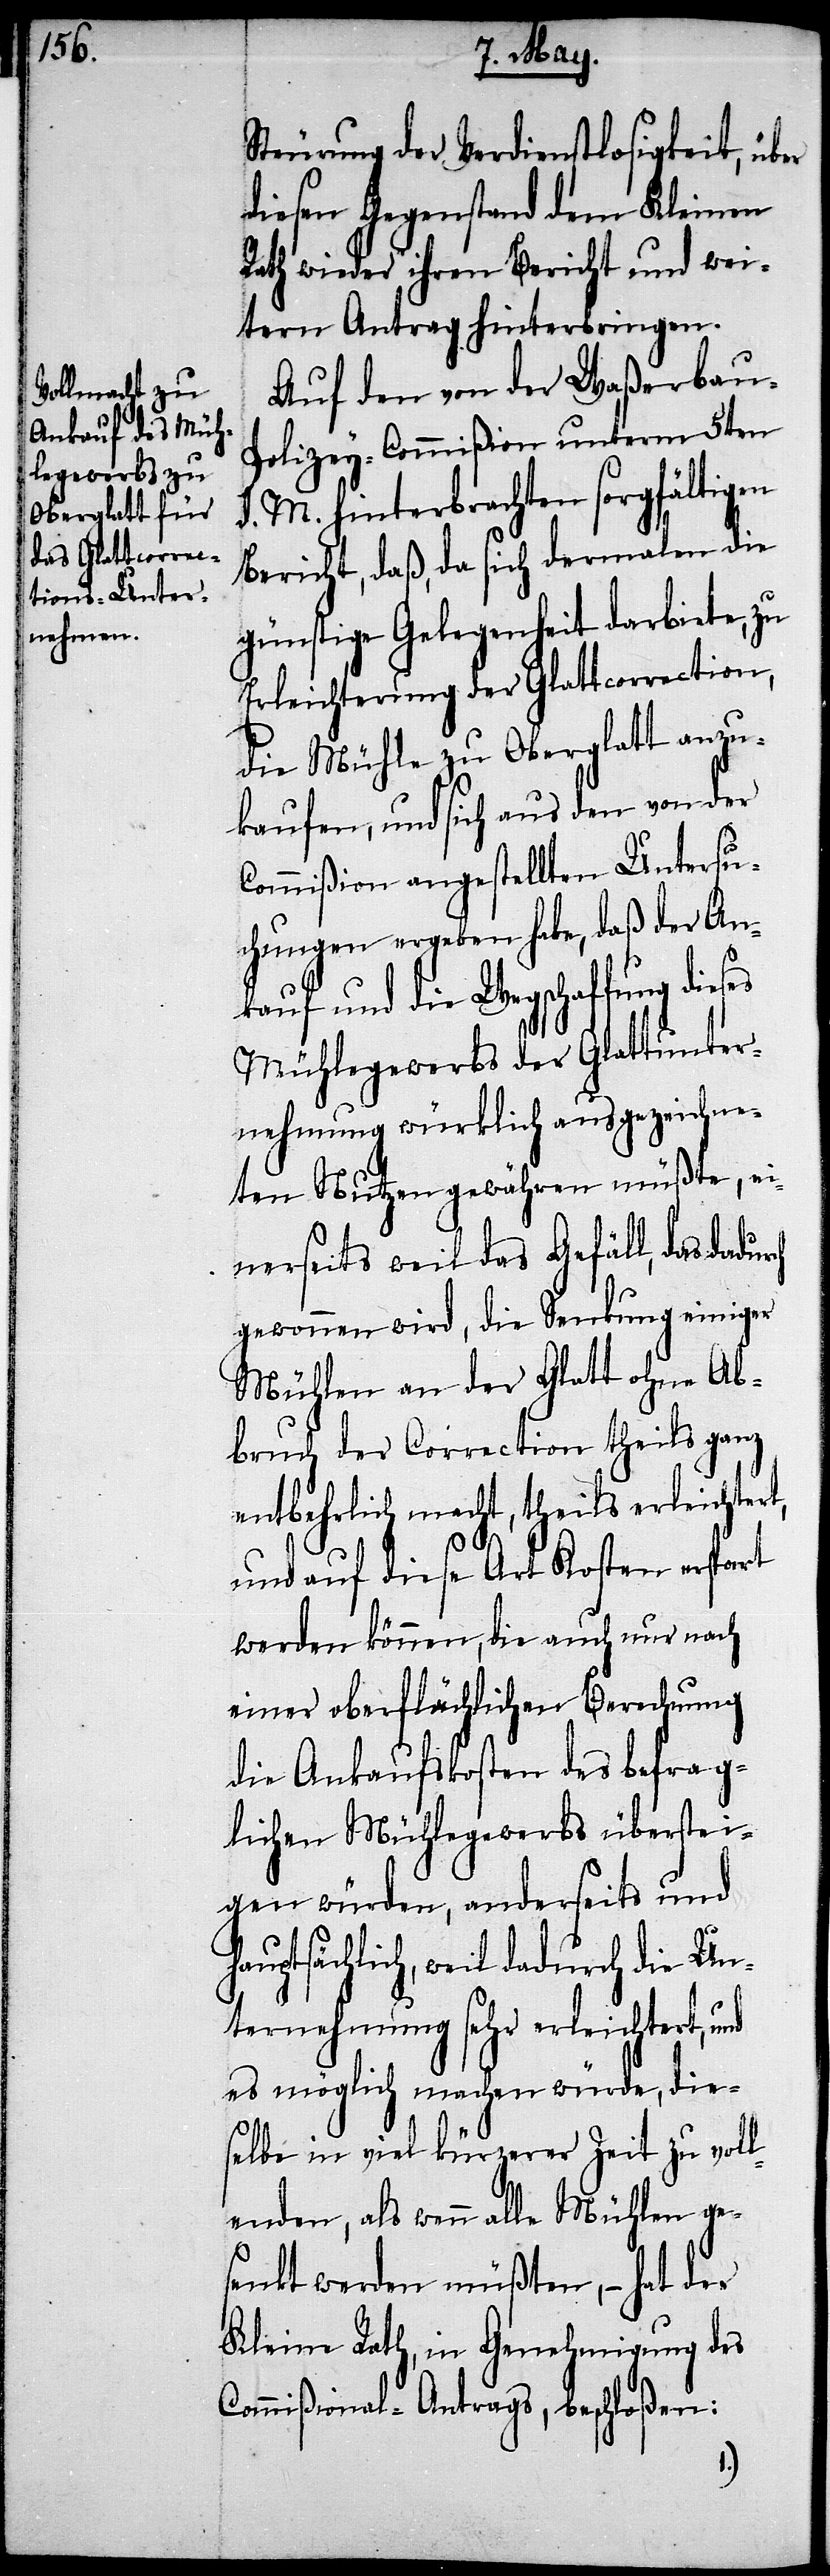
Steurung der Verdienstlosigkeit, über
diesen Gegenstand dem Kleinen
Rath wieder ihren Bericht und wei¬
tern Antrag hinterbringen.
Auf den von der Waßerbau-P¬
olizey-Commißion unterm 5ten
d. M. hinterbrachten sorgfältigen
Bericht, daß, da sich dermalen die
günstige Gelegenheit darbiete, zu
Erleichterung der Glattcorrection,
die Mühle zu Oberglatt anzu¬
kaufen, und sich aus den von der
Commißion angestellten Untersu¬
chungen ergeben habe, daß der An¬
kauf und die Wegschaffung dies¬
Mühlegewerbs der Glattunter¬
nehmung würklich ausgezeichne¬
ten Nutzen gewähren müßte, ei¬
nerseits weil das Gefäll, das dadur¬
gewonnen wird, die Senkung einiger
Mühlen an der Glatt ohne Ab¬
bruch der Correction theils ganz
entbehrlich macht, theils erleichtert,
ch
und auf diese Art Kosten erspart
werden können, die auch nur nach
einer oberflächlichen Berechnung
die Ankaufskosten des befrag¬
lichen Mühlegewerbs überstei¬
gen würden, anderseits und
hauptsächlich, weil dadurch die Un¬
ternehmung sehr erleichtert, und
es möglich machen würde, die¬
selbe in viel kürzerer Zeit zu voll¬
enden, als wenn alle Mühlen ge¬
senkt werden müßten, – hat der
Kleine Rath, in Genehmigung des
Commißional-Antrags, beschloßen: